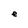
Character: e